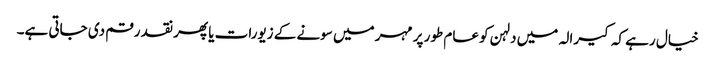
خیال رہے کہ کیرالہ میں دلہن کو عام طور پر مہر میں سونے کے زیورات یا پھر نقد رقم دی جاتی ہے۔